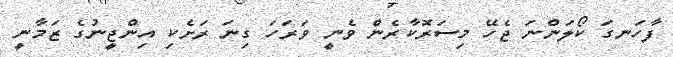
ފާހަނގަ ކޯލަންނަ ޖެހޭ މިސަރޮކާރެން ވެނީ ވަރަހަ ގިނަ ރަށެކި އިންޖީނުގެ ޒަމާނީ